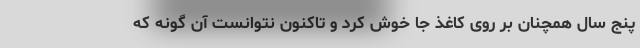
پنج سال همچنان بر روی کاغذ جا خوش کرد و تاکنون نتوانست آن گونه که